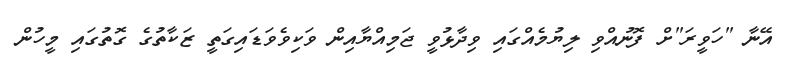
އޭނާ "ހަވީރަ"ށް ފޮނުއްވި ލިޔުމެއްގައި ވިދާޅުވީ ޖަމިއްޔާއިން ވަކިވެވަޑައިގަތީ ޒަކާތުގެ ގޮތުގައި މީހުން